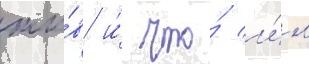
жи́в и́ что́ и́м